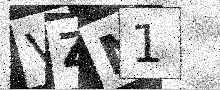
Text: VZN1